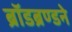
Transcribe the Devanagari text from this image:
ब्रॉडब्रण्डने